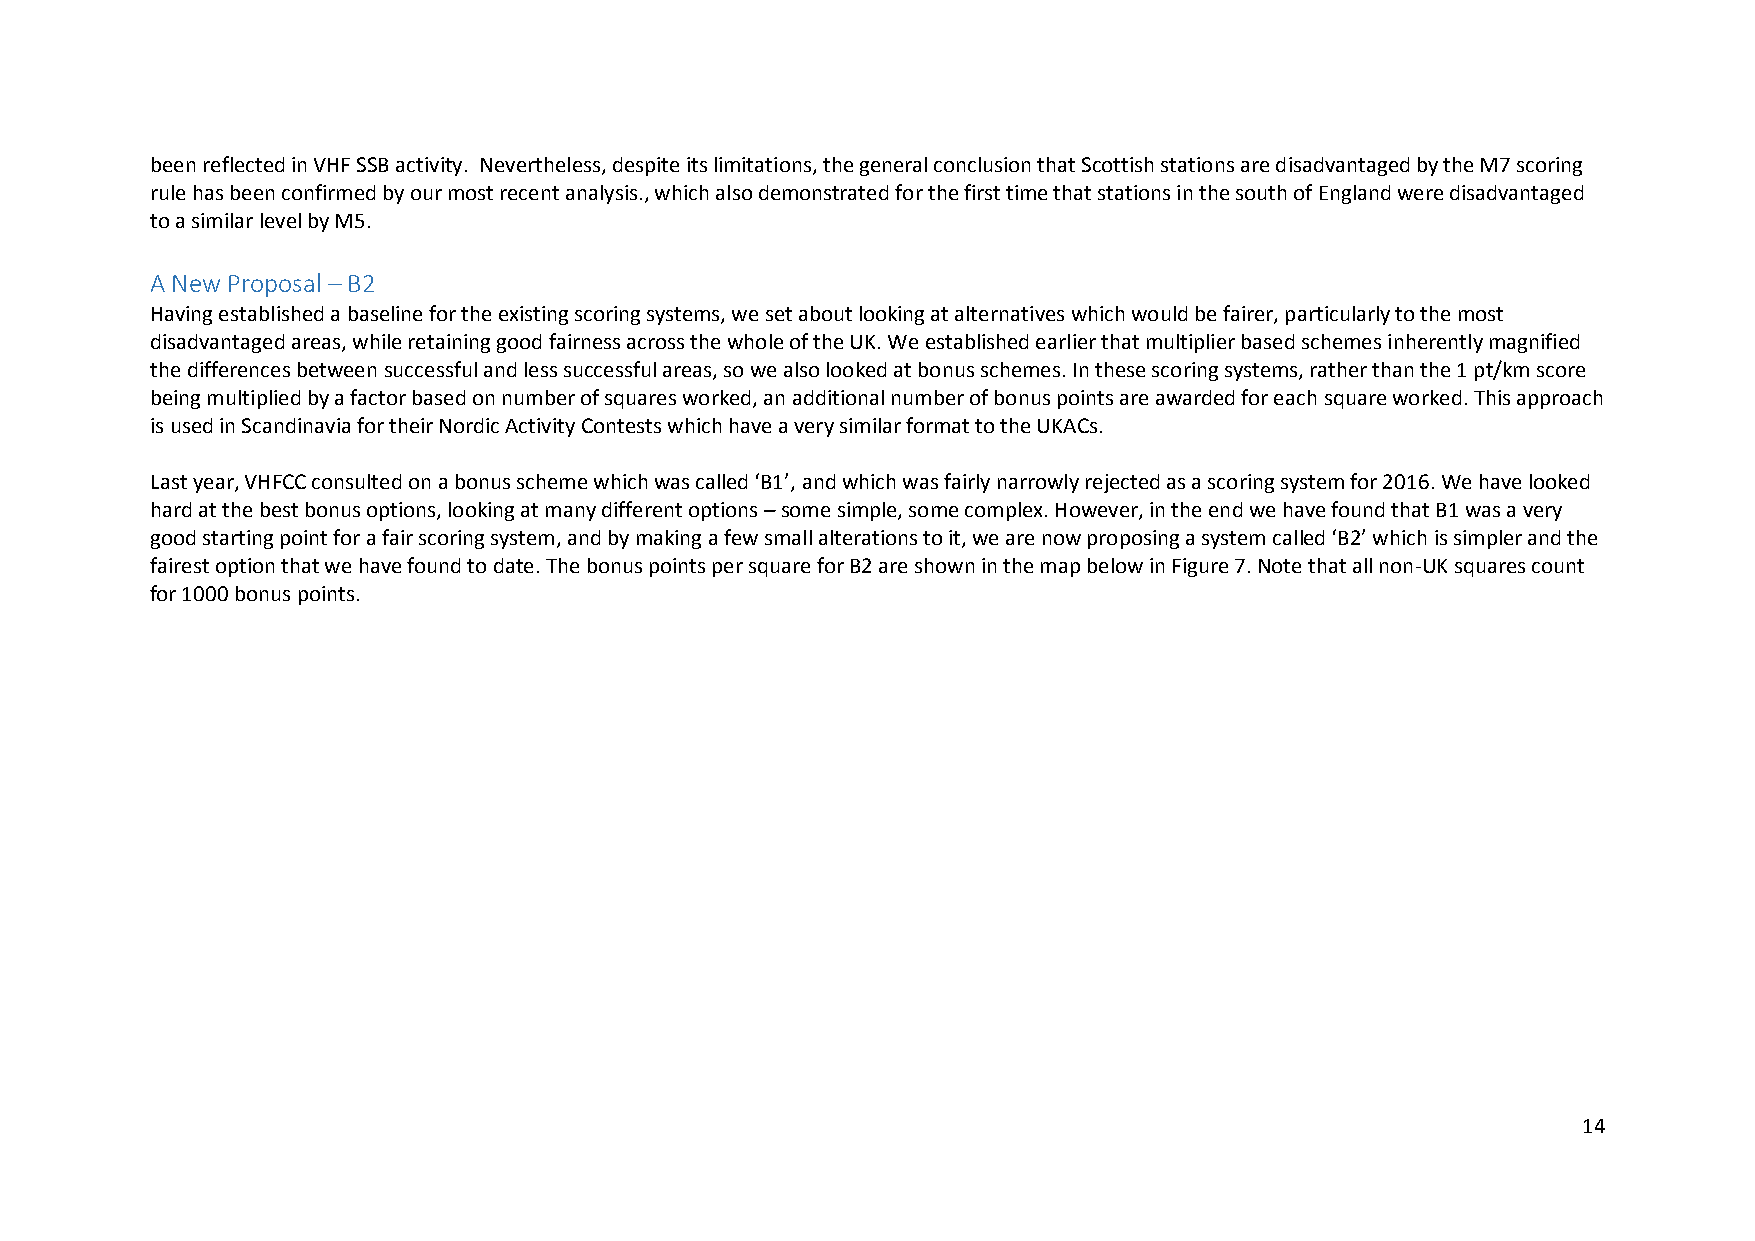
been reflected in VHF SSB activity. Nevertheless, despite its limitations, the general conclusion that Scottish stations are disadvantaged by the M7 scoring
 rule has been confirmed by our most recent analysis., which also demonstrated for the first time that stations in the south of England were disadvantaged
 to a similar level by M5.
 A New Proposal – B2
 Having established a baseline for the existing scoring systems, we set about looking at alternatives which would be fairer, particularly to the most
 disadvantaged areas, while retaining good fairness across the whole of the UK. We established earlier that multiplier based schemes inherently magnified
 the differences between successful and less successful areas, so we also looked at bonus schemes. In these scoring systems, rather than the 1 pt/km score
 being multiplied by a factor based on number of squares worked, an additional number of bonus points are awarded for each square worked. This approach
 is used in Scandinavia for their Nordic Activity Contests which have a very similar format to the UKACs.
 Last year, VHFCC consulted on a bonus scheme which was called ‘B1’, and which was fairly narrowly rejected as a scoring system for 2016. We have looked
 hard at the best bonus options, looking at many different options – some simple, some complex. However, in the end we have found that B1 was a very
 good starting point for a fair scoring system, and by making a few small alterations to it, we are now proposing a system called ‘B2’ which is simpler and the
 fairest option that we have found to date. The bonus points per square for B2 are shown in the map below in Figure 7. Note that all non-UK squares count
 for 1000 bonus points.
 14